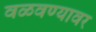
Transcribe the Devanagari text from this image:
वळवण्यावर